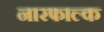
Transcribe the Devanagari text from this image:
नारफाल्क